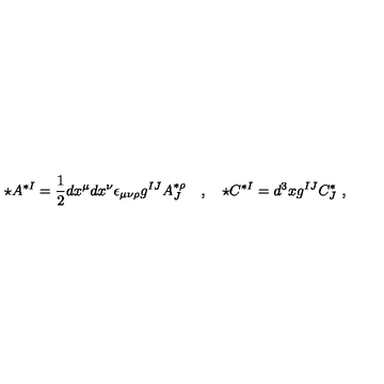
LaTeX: \star A ^ { * I } = \frac 1 2 d x ^ { \mu } d x ^ { \nu } \epsilon _ { \mu \nu \rho } g ^ { I J } A _ { J } ^ { * \rho } \quad , \quad \star C ^ { * I } = d ^ { 3 } x g ^ { I J } C _ { J } ^ { * } \ ,